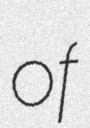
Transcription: of